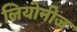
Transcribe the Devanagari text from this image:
लियोनीज